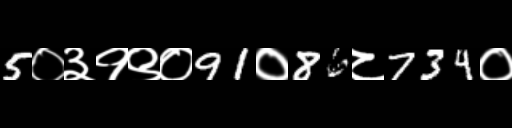
Text: 5०३१९०91०86८734०